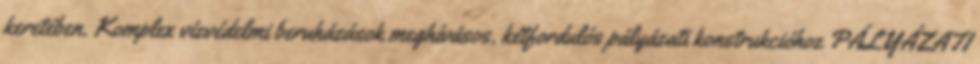
keretében. Komplex vízvédelmi beruházások meghívásos, kétfordulós pályázati konstrukcióhoz PÁLYÁZATI